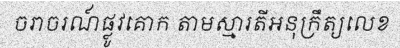
ចរាចរណ៍ផ្លូវគោក តាមស្មារតីអនុក្រឹត្យលេខ